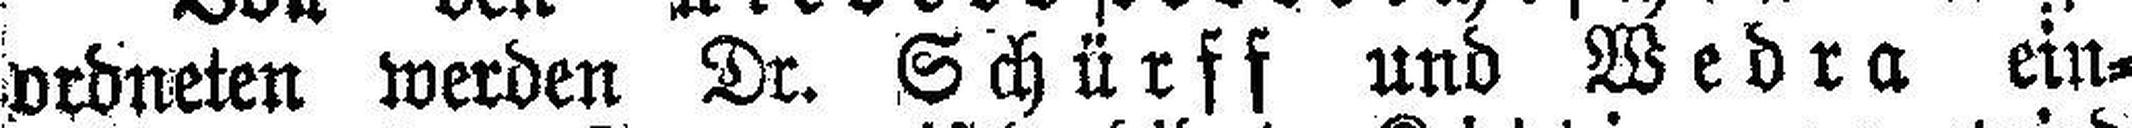
ordneten werden Dr. Schürff und Wedra ein¬